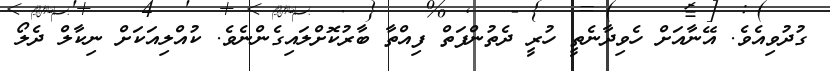
ގުދުވިއެވެ. އޭނާއަށް ހެވިދާނެތީ ހުރީ ދެތުންފަތް ފިއްތާ ބާރުކޮށްލައިގެންނެވެ. ކުއްލިއަކަށް ނިކާލް ދެލޯ